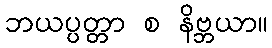
ဘယပ္ပတ္တာ စ နိဗ္ဘယာ။